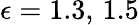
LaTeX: \epsilon=1.3,\, 1.5